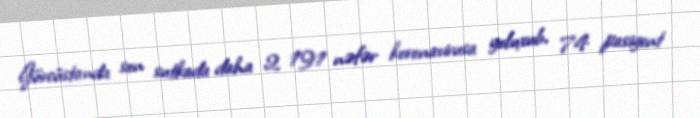
Gürcüstanda son sutkada daha 2 191 nəfər koronavirusa yoluxub, 74 pasiyent